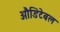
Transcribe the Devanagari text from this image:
औडिटेबल